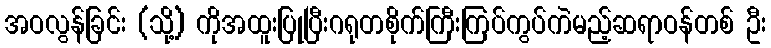
အဝလွန်ခြင်း (သို့) ကိုအထူးပြုပြီးဂရုတစိုက်ကြီးကြပ်ကွပ်ကဲမည့်ဆရာဝန်တစ် ဦး